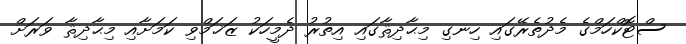
ސްޓޮކްހަމްގެ މެދުތެރޭގައި ހިނގި މިޙާދިޘާގައި އިތުރު ދެމީހަކު ޒަޚަމްވި ކަމަށާއި މިޙާދިޘާ ވަރަށް